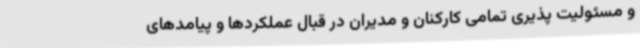
و مسئولیت پذیری تمامی کارکنان و مدیران در قبال عملکردها و پیامدهای